Report of the King Institute of Preventive Medicine, Guindy
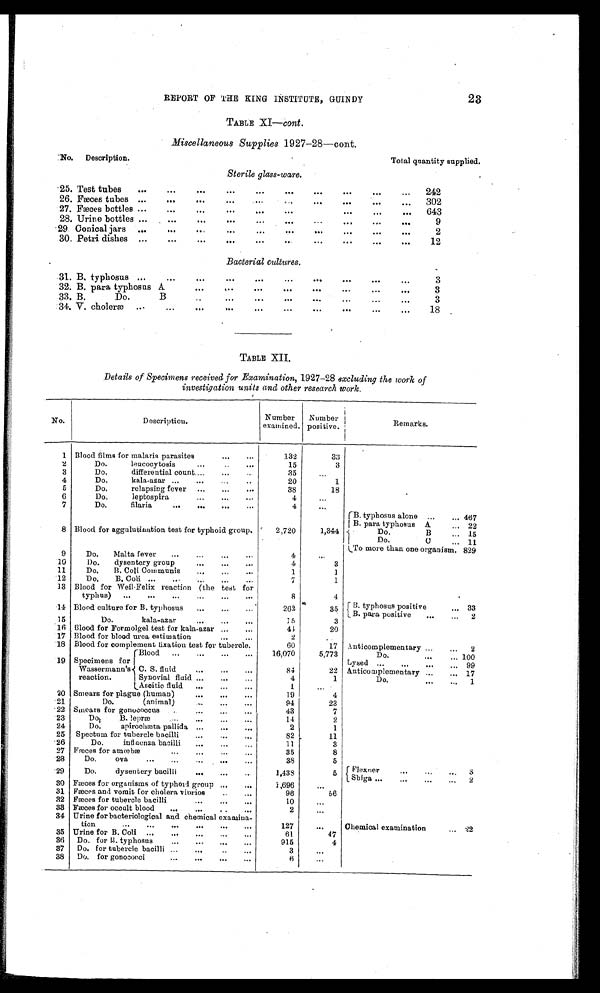
23
REPORT OF THE KING INSTITUTE, GUINDY
TABLE XI—cont .
Miscellaneous Supplies 1927-28—cont.
No.
Description.
Total quantity supplied.
Sterile glass-ware.
25. Test tubes
. . .
242
26. Fæces tubes . . .
302
27. Fæces bottles . . .
643
28. Urine bottles . . .
9
29 Conical jars
. . .
2
30.
P e t r i d i s h e s
. . .
12
Bacterial cultures.
31.
B . t y p h o s u s
. . .
3
32. B. para typhosus A. . . .
3
33. B. Do. B
. . .
3
34. V. choleræ . . .
18
TABLE XII.
Details of Specimens received for Examination, 1927-28 excluding the work of
investigation units and other research work.
No.
Description.
Number
examined.
N umber
positive.
Remarks.
1 Blood films for malaria parasites . . .
132
33
. . .
2
Do. leucocytosis
. . .
15
3
3
Do. differential count . . .
35
. . .
4
Do. kala-azar
. . .
20
1
5
Do. relapsing fever
. . .
38
18
6
Do. leptospira
. . .
4
. . .
7
Do. filaria . . .
4
. . .
B. typhosus alone . . .
. . . 467
8 Blood for aggulutination test for typhoid group.
2,720
1,344
B. para typhosus A
. . . 22
Do . B . . .
. . . 15
Do. C . . .
. . . 11
9
Do. Malta fever
. . .
4
. . . To more than one organism. . . .
829
10
Do. dysentery group
. . .
4
3
11
Do. B. Coli Communis
. . .
1
1
12
Do. B. Coli
. . .
7
1
13 Blood for Weil-Felix reaction (the test for
typhus)
. . .
8
4
B. typhosus positive
. . . 33
14 Blood culture for B. typhosus
. . .
262
3 5
B. para positive
. . .
2
. . .
15
Do. kala-azar . . .
15
3
16 Blood for Formolgel test for kala-azar . . .
44
20
17 Blood for blood urea estimation . . .
2
. . .
Anticomplementary . . .
. . . 2
18 Blood for complement fixation test for tubercle.
60
17
19 Specimens
f o r
Wassermann's
reaction.
Blood
. . .
16,070
5,773
Do.
. . .
. . . 100
C. S. fluid
. . .
84
22
Lysed . . .
. . . 99
Anticomplementary . . .
. . . 17
Synovial fluid
. . .
4
1
Do.
1
Ascitic fluid
. . .
1
. . .
20 Smears for plague (human)
. . .
19
4
21
Do. (animal) . . .
94
23
22 Smears for gonococcus
. . .
43
7
23
Do. B. lepræ
. . .
14
2
24
Do. spirochæta pallida
. . .
2
1
25 Spectum for tubercle bacilli
. . .
82
11
26
Do. influenza bacilli
. . .
1 1
3
27 Fæces for amœbæ
. . .
35
8
28
Do. ova
. . .
38
5
29
Do. dysentery bacilli
. . .
1,438
5 Flexner
. . .
. . . 3
Shiga . . .
. . .
2
30 Fæces for organisms of typhoid group
. . .
1,696
. . .
31 Fæces and vomit for cholera vibrios
96
56
32 Fæces for tubercle bacilli
. . .
10
. . .
33 Fæces for occult blood
. . .
2
. . .
34 Urine for bacteriological and chemical examina-
tion
. . .
127
. . .
Chemical examination
. . .
22
35 Urine for B. Coli
. . .
61
47
...
36
Do. for B. typhosus
. . .
915
4
37
Do. for tubercle bacilli
. . .
3
. . .
38
Do. for gonococci
. . .
6
. . .